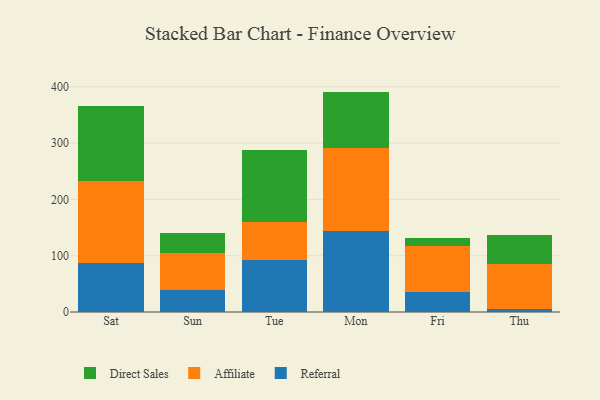
{"axis": {"x": "Day", "y": "Demand Index"}, "legend": ["Affiliate", "Direct Sales", "Referral"], "data": [{"x": "Sat", "y": 86.3, "type": "Referral"}, {"x": "Sat", "y": 147.1, "type": "Affiliate"}, {"x": "Sat", "y": 132.3, "type": "Direct Sales"}, {"x": "Sun", "y": 39.2, "type": "Referral"}, {"x": "Sun", "y": 65.4, "type": "Affiliate"}, {"x": "Sun", "y": 36.1, "type": "Direct Sales"}, {"x": "Tue", "y": 91.7, "type": "Referral"}, {"x": "Tue", "y": 68.6, "type": "Affiliate"}, {"x": "Tue", "y": 127.6, "type": "Direct Sales"}, {"x": "Mon", "y": 143.7, "type": "Referral"}, {"x": "Mon", "y": 147.3, "type": "Affiliate"}, {"x": "Mon", "y": 100.5, "type": "Direct Sales"}, {"x": "Fri", "y": 35.6, "type": "Referral"}, {"x": "Fri", "y": 80.8, "type": "Affiliate"}, {"x": "Fri", "y": 14.4, "type": "Direct Sales"}, {"x": "Thu", "y": 5.6, "type": "Referral"}, {"x": "Thu", "y": 78.8, "type": "Affiliate"}, {"x": "Thu", "y": 52.4, "type": "Direct Sales"}]}